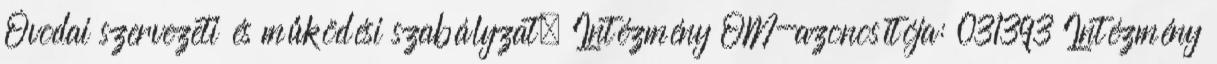
Óvodai szervezeti és működési szabályzat. Intézmény OM-azonosítója: 031393 Intézmény